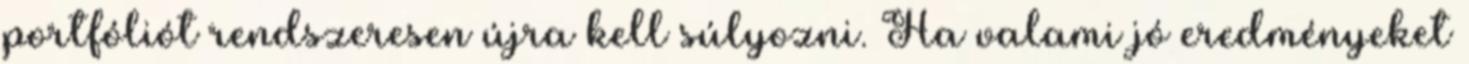
portfóliót rendszeresen újra kell súlyozni. Ha valami jó eredményeket